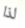
لذا